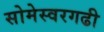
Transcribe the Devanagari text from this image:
सोमेस्वरगढी